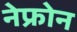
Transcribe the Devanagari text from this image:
नेफ्रोन